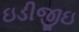
ઇડીજીઇ